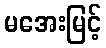
မအေးမြင့်